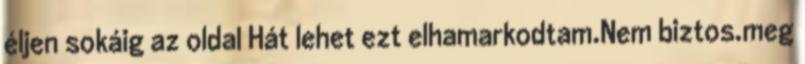
éljen sokáig az oldal Hát lehet ezt elhamarkodtam.Nem biztos.meg